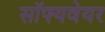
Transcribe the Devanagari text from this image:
सॉफ्यवेयर